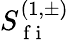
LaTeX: S_{\mathrm{~f~i~}}^{(1,\pm)}